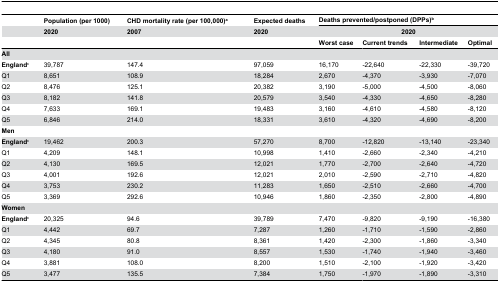
<table><thead><tr><td></td><td><b>Population (per 1000)</b></td><td><b>CHD mortality rate (per 100,000)<sup>a</sup></b></td><td><b>Expected deaths</b></td><td colspan="4"><b>Deaths prevented/postponed (DPPs)<sup>b</sup></b></td></tr><tr><td></td><td><b>2020</b></td><td><b>2007</b></td><td><b>2020</b></td><td colspan="4"><b>2020</b></td></tr><tr><td></td><td></td><td></td><td></td><td><b>Worst case</b></td><td><b>Current trends</b></td><td><b>Intermediate</b></td><td><b>Optimal</b></td></tr></thead><tbody><tr><td><b>All</b></td><td></td><td></td><td></td><td></td><td></td><td></td><td></td></tr><tr><td><b>England</b><sup>c</sup></td><td>39,787</td><td>147.4</td><td>97,059</td><td>16,170</td><td>-22,640</td><td>-22,330</td><td>-39,720</td></tr><tr><td>Q1</td><td>8,651</td><td>108.9</td><td>18,284</td><td>2,670</td><td>-4,370</td><td>-3,930</td><td>-7,070</td></tr><tr><td>Q2</td><td>8,476</td><td>125.1</td><td>20,382</td><td>3,190</td><td>-5,000</td><td>-4,500</td><td>-8,060</td></tr><tr><td>Q3</td><td>8,182</td><td>141.8</td><td>20,579</td><td>3,540</td><td>-4,330</td><td>-4,650</td><td>-8,280</td></tr><tr><td>Q4</td><td>7,633</td><td>169.1</td><td>19,483</td><td>3,160</td><td>-4,610</td><td>-4,580</td><td>-8,120</td></tr><tr><td>Q5</td><td>6,846</td><td>214.0</td><td>18,331</td><td>3,610</td><td>-4,320</td><td>-4,690</td><td>-8,200</td></tr><tr><td><b>Men</b></td><td></td><td></td><td></td><td></td><td></td><td></td><td></td></tr><tr><td><b>England</b><sup>c</sup></td><td>19,462</td><td>200.3</td><td>57,270</td><td>8,700</td><td>-12,820</td><td>-13,140</td><td>-23,340</td></tr><tr><td>Q1</td><td>4,209</td><td>148.1</td><td>10,998</td><td>1,410</td><td>-2,660</td><td>-2,340</td><td>-4,210</td></tr><tr><td>Q2</td><td>4,130</td><td>169.5</td><td>12,021</td><td>1,770</td><td>-2,700</td><td>-2,640</td><td>-4,720</td></tr><tr><td>Q3</td><td>4,001</td><td>192.6</td><td>12,021</td><td>2,010</td><td>-2,590</td><td>-2,710</td><td>-4,820</td></tr><tr><td>Q4</td><td>3,753</td><td>230.2</td><td>11,283</td><td>1,650</td><td>-2,510</td><td>-2,660</td><td>-4,700</td></tr><tr><td>Q5</td><td>3,369</td><td>292.6</td><td>10,946</td><td>1,860</td><td>-2,350</td><td>-2,800</td><td>-4,890</td></tr><tr><td><b>Women</b></td><td></td><td></td><td></td><td></td><td></td><td></td><td></td></tr><tr><td><b>England</b><sup>c</sup></td><td>20,325</td><td>94.6</td><td>39,789</td><td>7,470</td><td>-9,820</td><td>-9,190</td><td>-16,380</td></tr><tr><td>Q1</td><td>4,442</td><td>69.7</td><td>7,287</td><td>1,260</td><td>-1,710</td><td>-1,590</td><td>-2,860</td></tr><tr><td>Q2</td><td>4,345</td><td>80.8</td><td>8,361</td><td>1,420</td><td>-2,300</td><td>-1,860</td><td>-3,340</td></tr><tr><td>Q3</td><td>4,180</td><td>91.0</td><td>8,557</td><td>1,530</td><td>-1,740</td><td>-1,940</td><td>-3,460</td></tr><tr><td>Q4</td><td>3,881</td><td>108.0</td><td>8,200</td><td>1,510</td><td>-2,100</td><td>-1,920</td><td>-3,420</td></tr><tr><td>Q5</td><td>3,477</td><td>135.5</td><td>7,384</td><td>1,750</td><td>-1,970</td><td>-1,890</td><td>-3,310</td></tr></tbody></table>